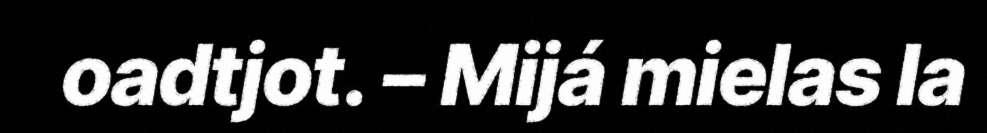
oadtjot. – Mijá mielas la